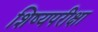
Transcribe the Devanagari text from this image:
शिष्यपरीक्षा